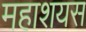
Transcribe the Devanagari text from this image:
महाशयस